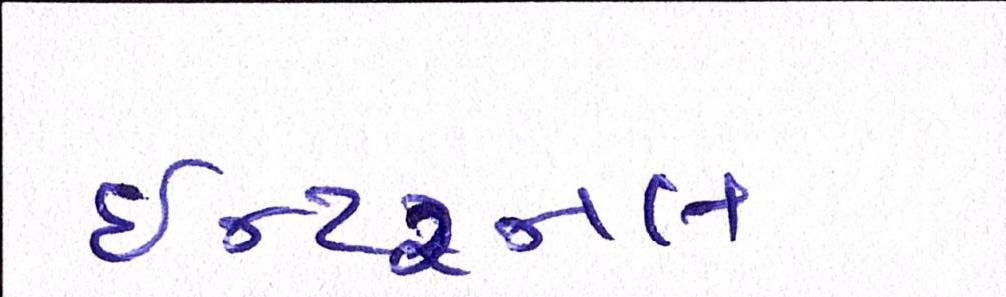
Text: ઇન્ટરનલ